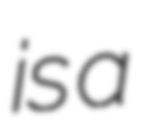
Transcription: is a